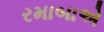
રમાબાએ